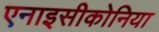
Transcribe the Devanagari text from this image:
एनाइसीकोनिया